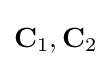
\mathbf {C} _{1},\mathbf {C} _{2}